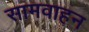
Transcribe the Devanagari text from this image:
सामवाहन